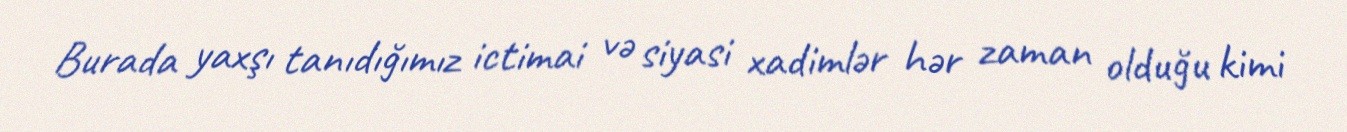
Burada yaxşı tanıdığımız ictimai və siyasi xadimlər hər zaman olduğu kimi